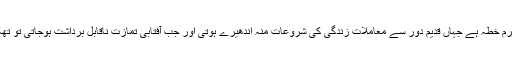
توجیح یہ بھی دی گئی کہ چونکہ سرزمین عرب ایک گرم خطہ ہے جہاں قدیم دور سے معاملات زندگی کی شروعات منہ اندھیرے ہوتی اور جب آفتابی تمازت ناقابل برداشت ہوجاتی تو تھکن اتارنے کی غرض سے کارزندگی میں وقفہ دیا جاتا۔